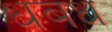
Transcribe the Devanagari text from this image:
धबध